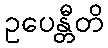
ဥပေန္တီတိ